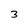
Character: 3